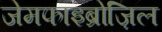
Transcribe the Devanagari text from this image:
जेमफाइब्रोज़िल